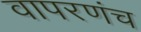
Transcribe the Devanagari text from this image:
वापरणंच